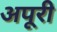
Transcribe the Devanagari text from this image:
अपूरी